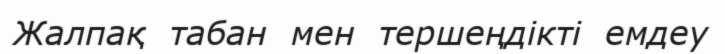
Жалпақ  табан  мен  тершеңдікті  емдеу